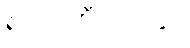
ဧရာဝတီတိုင်းနှင့်